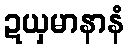
ဍယှမာနာနံ